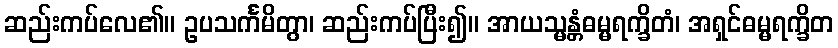
ဆည်းကပ်လေ၏။ ဥပသင်္ကမိတွာ၊ ဆည်းကပ်ပြီး၍။ အာယသ္မန္တံဓမ္မရက္ခိတံ၊ အရှင်ဓမ္မရက္ခိတ